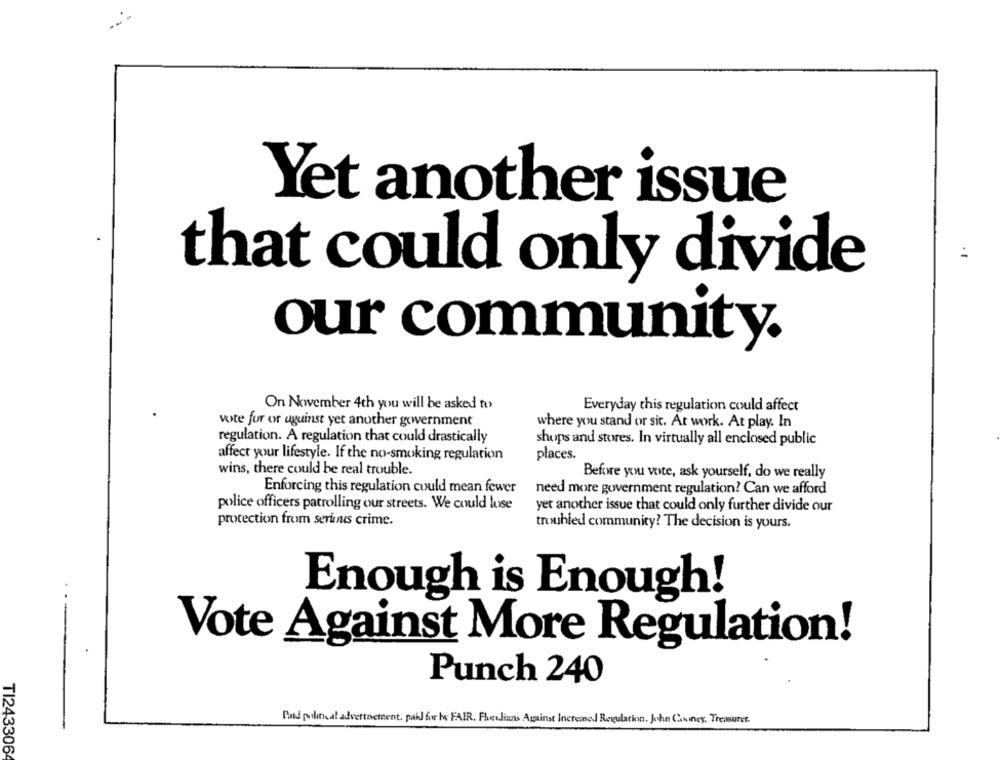
--
Yet another issue
that could only divide
our community.
On November 4th you will be asked to
Everyday this regulation could affect
vote for or uguinst yet another government
where you stand or sit. At work. At play. In
regulation. A regulation that could drastically
shops and stores. In virtually all enclosed public
affect your lifestyle. If the no-smoking regulation
places.
wins, there could be real trouble.
Before you vote, ask yourself, do we really
Enforcing this regulation could mean fewer
need more government regulation? Can we afford
police officers patrolling our streets. We could lose
yet another issue that could only further divide our
protection from serious crime.
troubled community? The decision is yours.
Enough is Enough!
Vote Against More Regulation!
Punch 240
Food political advertnement, paid for be FAIR. Fluidians Against Increased Regulation. John Connes, Treasurer.
TI2433064